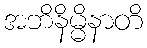
အဘိနိမ္မိနာတိ